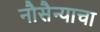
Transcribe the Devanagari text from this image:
नौसैन्याचा